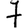
Digit: 7